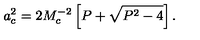
a _ { c } ^ { 2 } = 2 M _ { c } ^ { - 2 } \left[ P + \sqrt { P ^ { 2 } - 4 } \right] .